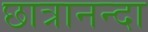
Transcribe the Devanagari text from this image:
छात्रानन्दा